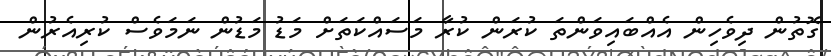
ގޮތުން ދިވެހިން އެއްބައިވަންތަ ކުރަން ކުރާ މަސައްކަތަށް މަޑު މަޑުން ނަމަވެސް ކުރިއެރުން